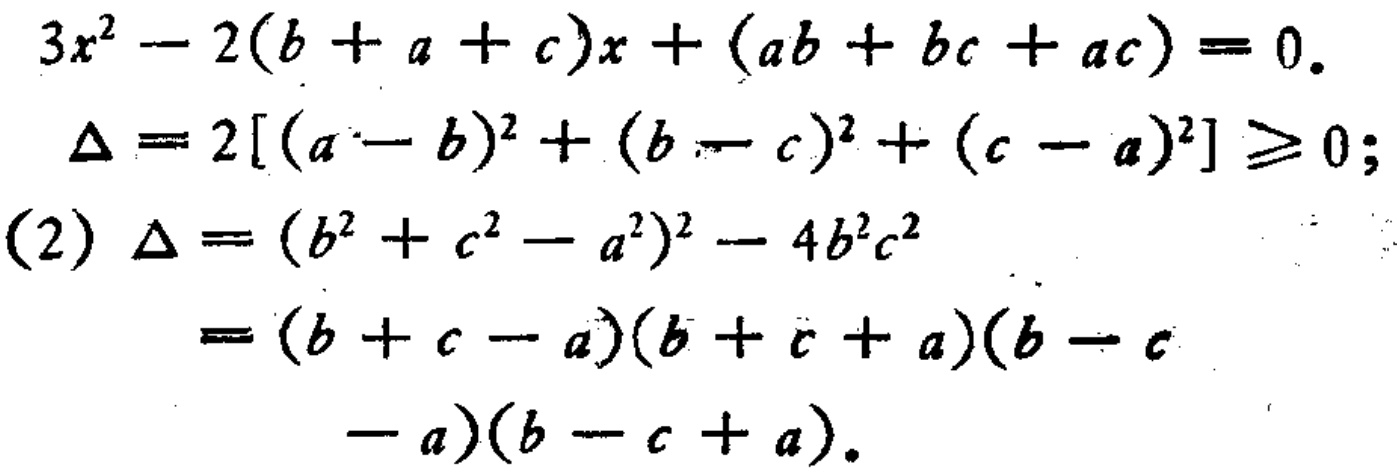
\[
\begin{align*}
3x^{2}-2(b + a + c)x+(ab + bc + ac)&=0.\\
\Delta&=2[(a - b)^{2}+(b - c)^{2}+(c - a)^{2}]\geq0;\\
(2)\ \Delta&=(b^{2}+c^{2}-a^{2})^{2}-4b^{2}c^{2}\\
&=(b + c - a)(b + c + a)(b - c - a)(b - c + a).
\end{align*}
\]